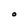
Character: o